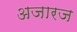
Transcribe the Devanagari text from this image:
अजारज